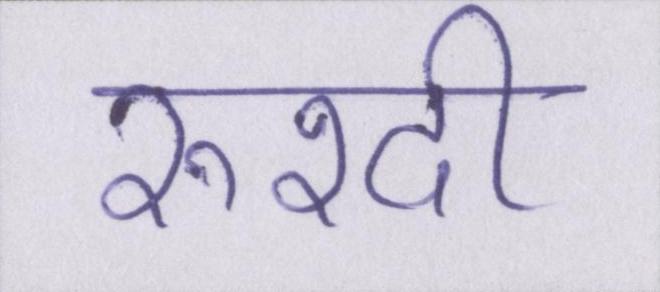
रुश्दी